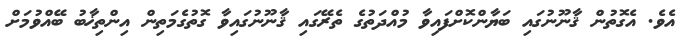
އެވެ. އެގޮތުން ޤާނޫނުގައި ބަޔާންކޮށްފައިވާ މުއްދަތުގެ ތެރޭގައި ޤާނޫނުގައިވާ ގޮތުގެމަތިން އިންތިޚާބު ބޭއްވުމަށް